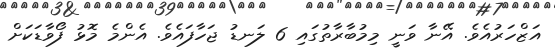
އަޒްހަރުއެވެ. އޭނާ ވަނީ މިމުބާރާތުގައި 6 ލަނޑު ޖަހާފައެވެ. އެންމެ މޮޅު ފޯވާޑަކަށް